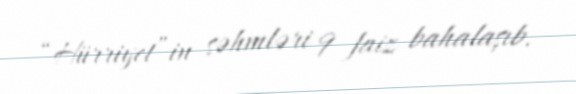
“Hürriyet”in səhmləri 9 faiz bahalaşıb.